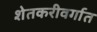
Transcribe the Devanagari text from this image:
शेतकरीवर्गात